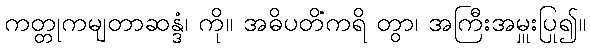
ကတ္တုကမျတာဆန္ဒံ၊ ကို။ အဓိပတိံကရိ တွာ၊ အကြီးအမှူးပြု၍။